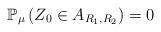
LaTeX: \begin{align*}\mathbb{P}_{\mu }\left( Z_{0}\in A_{R_{1},R_{2}}\right) =0\end{align*}